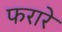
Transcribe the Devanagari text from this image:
फरारे